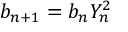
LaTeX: b _ { n + 1 } = b _ { n } Y _ { n } ^ { 2 }